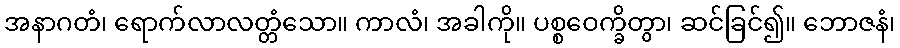
အနာဂတံ၊ ရောက်လာလတ္တံသော။ ကာလံ၊ အခါကို။ ပစ္စဝေက္ခိတွာ၊ ဆင်ခြင်၍။ ဘောဇနံ၊